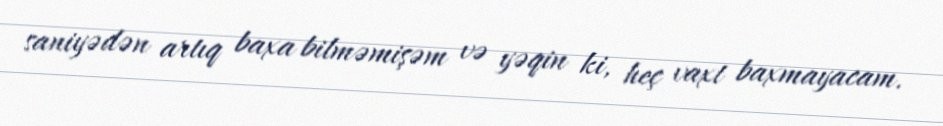
saniyədən artıq baxa bilməmişəm və yəqin ki, heç vaxt baxmayacam.